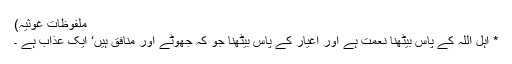
ملفوظاتِ غوثیہ)
* اہلِ اللہ کے پاس بیٹھنا نعمت ہے اور اغیار کے پاس بیٹھنا جو کہ جھوٹے اور منافق ہیں‘ ایک عذاب ہے ۔